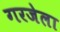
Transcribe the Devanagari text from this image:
गरजेला